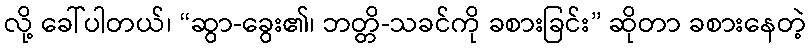
လို့ ခေါ်ပါတယ်၊ “ဆွာ-ခွေး၏၊ ဘတ္တိ-သခင်ကို ခစားခြင်း” ဆိုတာ ခစားနေတဲ့